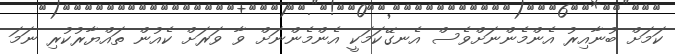
ކަމަށް ބުނާއިރު އެންމެންނަށްވެސް އެނގޭކަމަކީ އެންމެންނަށް ވާ ވަރަށް ކެއުން ތައްޔާރުކުރި ނަމަ